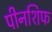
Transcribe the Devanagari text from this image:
पीनशिफ